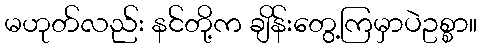
မဟုတ်လည်း နင်တို့က ချိန်းတွေ့ကြမှာပဲဥစ္စာ။